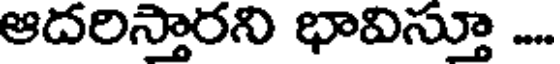
ఆదరిస్తారని భావిస్తూ ...